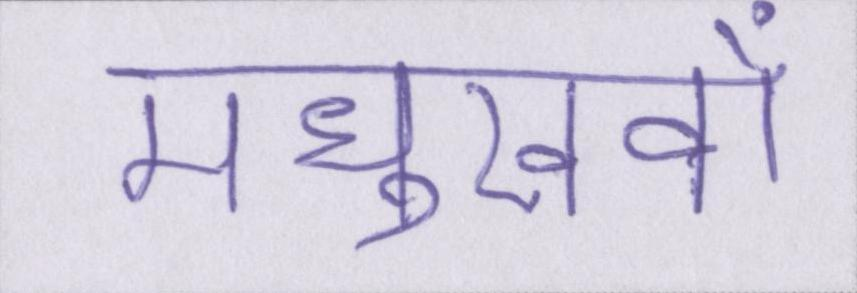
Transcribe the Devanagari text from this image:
मधुखवों